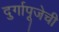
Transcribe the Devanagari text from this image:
दुर्गापूजेची